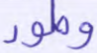
وطور